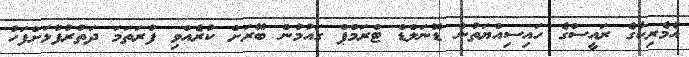
އެމެރިކާގެ ރައީސްގެ ހައިސިއްޔަތުން ޑޮނަލްޑް ޓްރަމްޕް ގައުމުން ބޭރަށް ކުރެއްވި ފުރަތަމަ ދަތުރުފުޅަށްފަހު